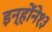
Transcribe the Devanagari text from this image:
इन्होंने१३